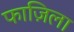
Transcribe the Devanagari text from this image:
फाज़िला